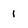
Character: 1